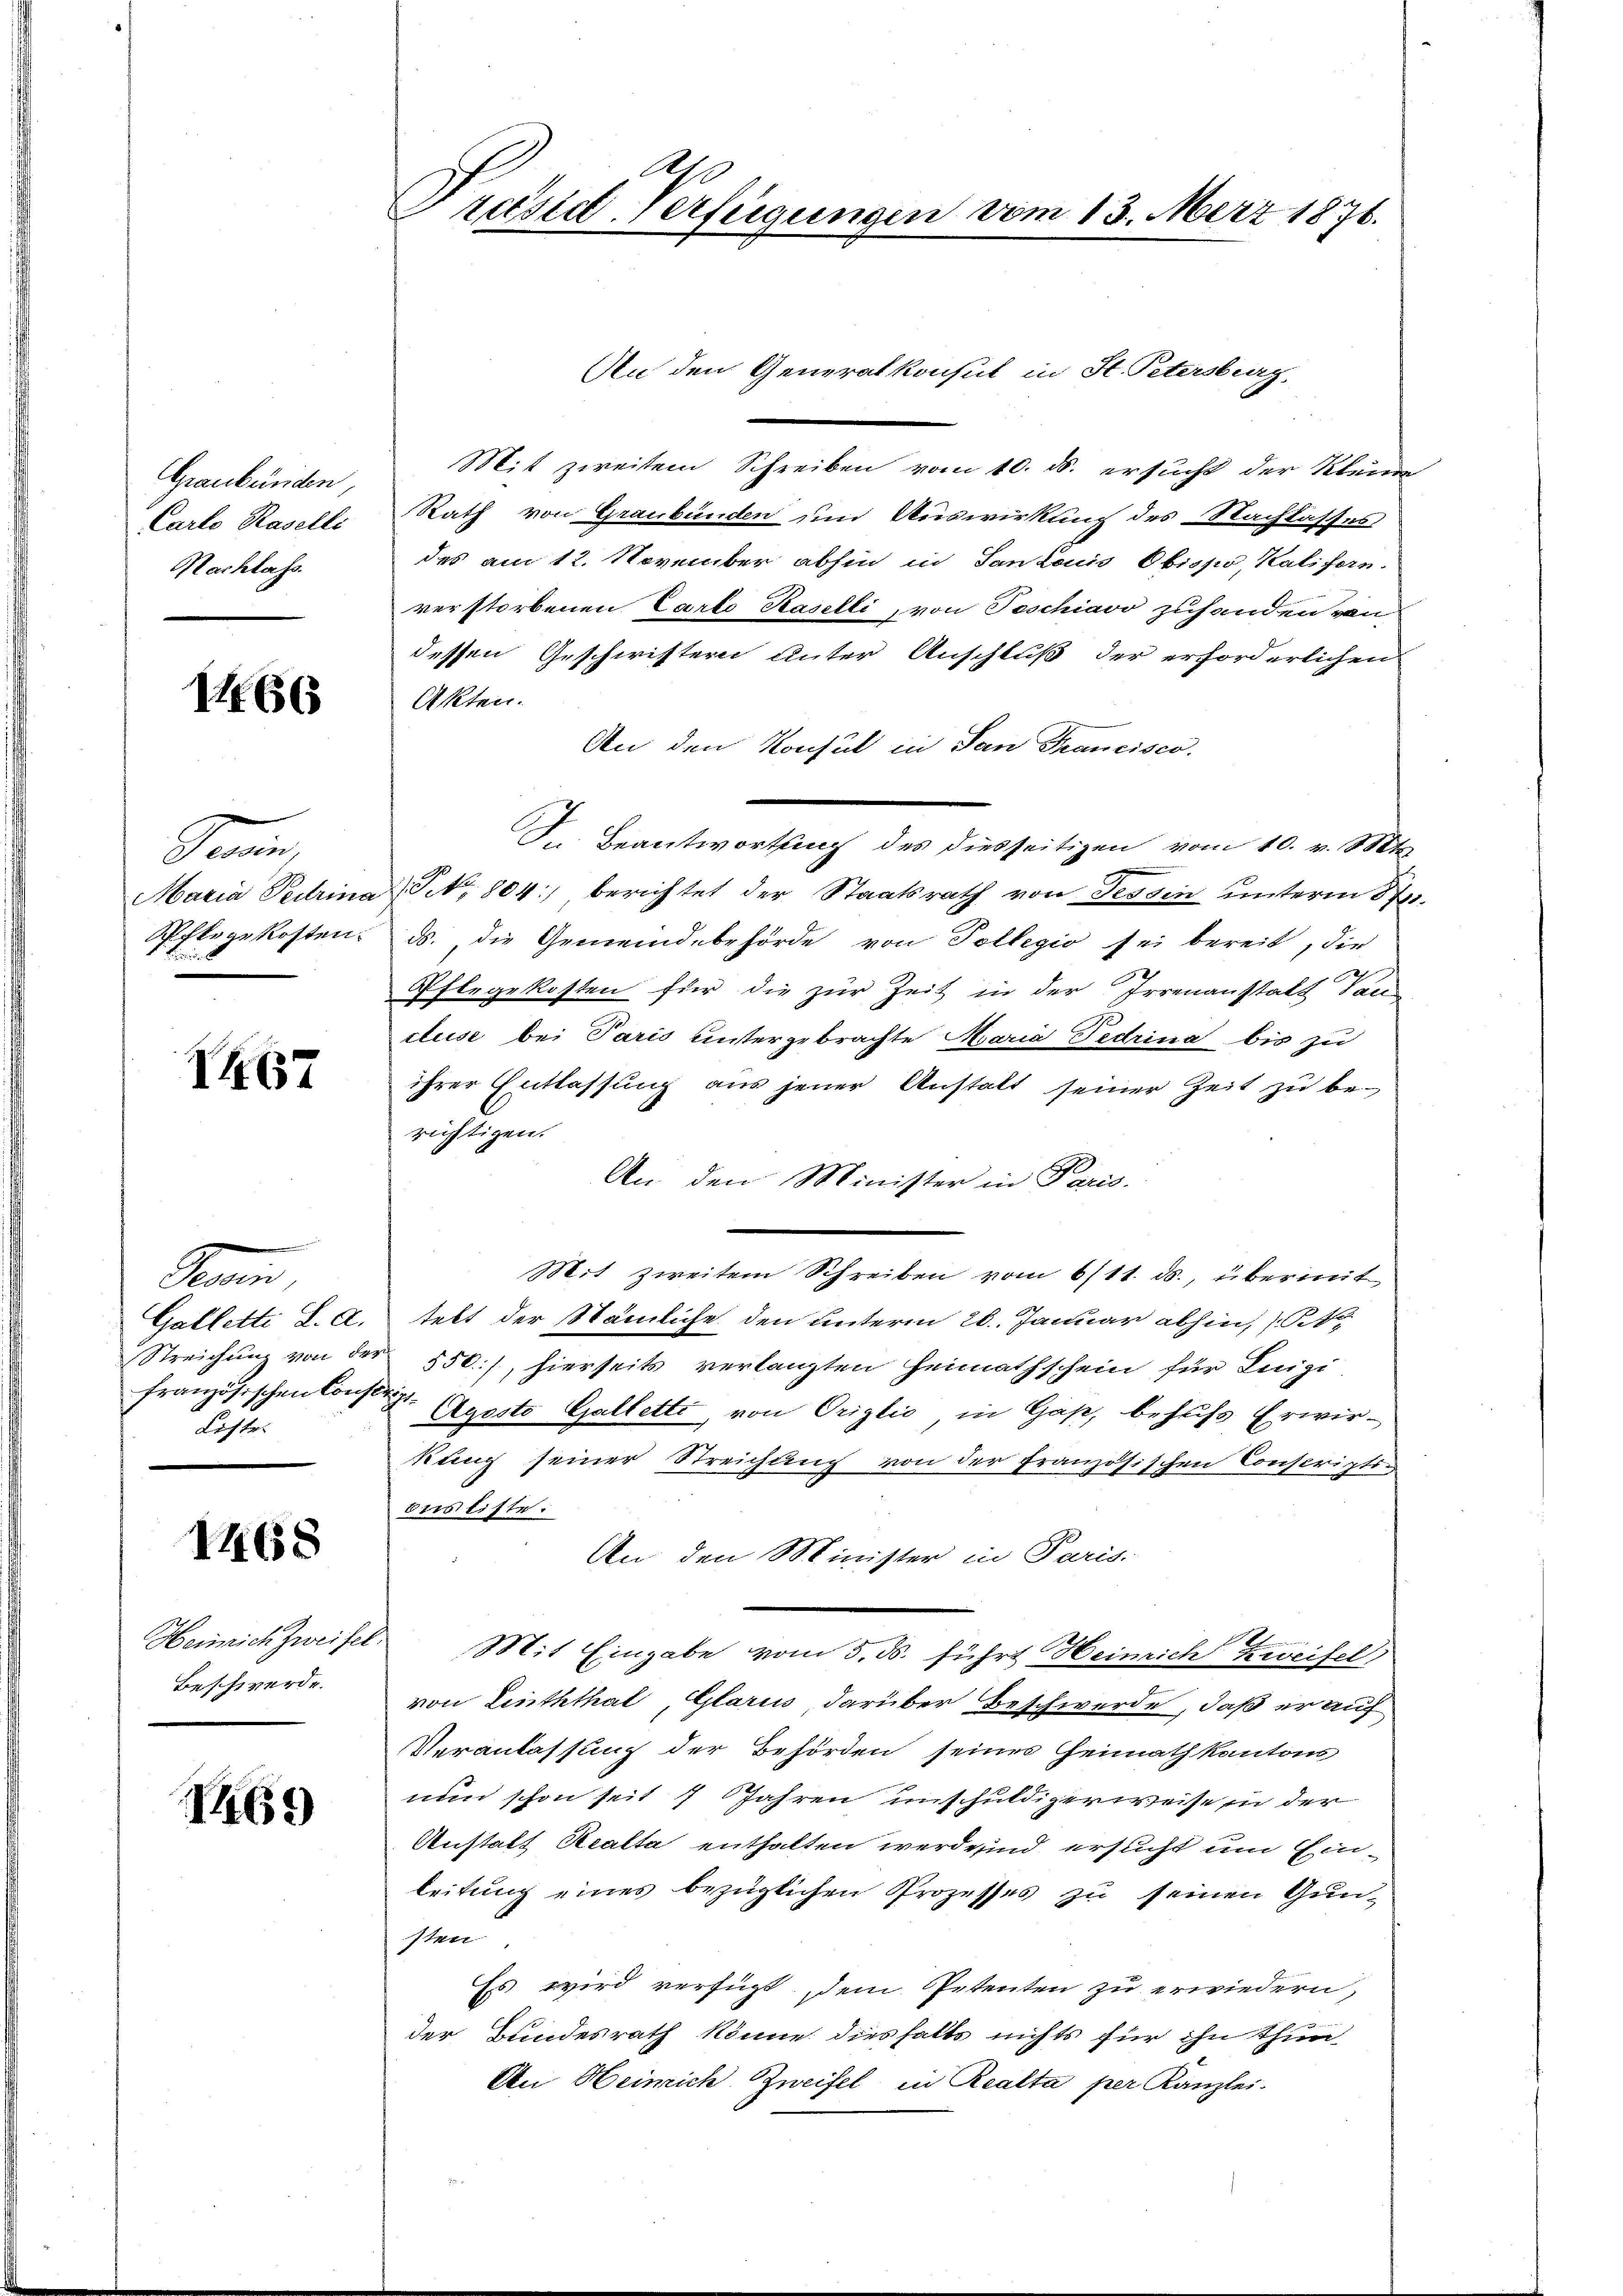
Graubünden,
Carlo Raselli
Nachlass.

No 66

Prain,
Schfte gekosten.

X467

Pein,
Richter

1468

Heinrich Zweifer
Beschwerde.

1469)

A
Präsidt-Verfügungen vom 13. März 1876.

An den Generalkonsul in St. Petersburg,
Mit zweitem Schreiben vom 10. ds. ersucht der Kleine
Rath von Graubünden und Auswirkung des Nachlasses
des am 12. November abhin in Tantonis Obispo, Kalifern.
verstorbenen Carto Kaselli, von Teschiavo zuhanden von
dessen Geschwistern unter Anschluß der erforderlichen
Akten.
An den Konsul in San Francisco
Sn. Beantwortung des diesseitigen vom 10. v. Mts.
Maria Petrina S. 804 berichtet der Staatsrath von Tessin unterm St.
ds., die Gemeindebehörde von Tollegio sei bereit, die
2
Pflegekosten für die zur Zeit in der Irrenanstatt San
cuse bei Paris untergebrachte Maria Fedrina bis zu
ihrer Entlassung aus jener Anstalt seiner Zeit zu berichtigen.
An den Minister in Paris.
Mit zweitem Schreiben vom 6/11. ds., übermit
Galletti L. A. tekt der Nämliche den unterm 20. Januar abhin, N
Streichung von der 550), hierseits verlangten Heimathschein für Luigi
französischen Constr. 3. Aposto Gallette, von Origlio in Gaß, behufs Erwirkung seiner Streichung von der französischen Conscriptibesliste.
An den Minister in Paris.
 Mit Eingabe vom 5. ds. führt Heinrich Zweifel,
von Linththat, Glarus, darüber Beschwerde, daß er auf
Veranlassung der Behörden seines Heimath kantons
nun schon seit 7 Jahren unschuldigerweise in der
Anstalt Realta enthalten werde sind ersticht um Einleitung eines bezüglichen Prozesses zu seinen Gunsten
Es wird verfügt, dem Petenten zu erwiedern,
der Bundesrath könne. Dieshalts nichts für ihn thun
An Heinrich Zweifel in Realta per Kanzlei.